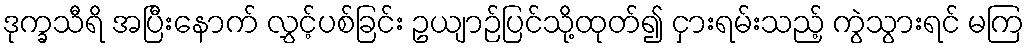
ဒုက္ခသီရိ အပြီးနောက် လွှင့်ပစ်ခြင်း ဥယျာဉ်ပြင်သို့ထုတ်၍ ငှားရမ်းသည့် ကွဲသွားရင် မကြ